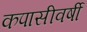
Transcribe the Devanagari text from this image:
कपासीवर्षी